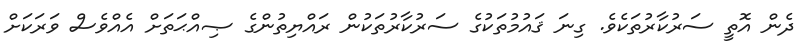
ދެން އޮތީ ސަރުކާރުތަކެވެ. ގިނަ ޤައުމުތަކުގެ ސަރުކާރުތަކުން ރައްޔިތުންގެ ޞިއްޙަތަށް އެއްވެސް ވަރަކަށް